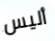
أليس